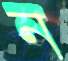
ন